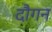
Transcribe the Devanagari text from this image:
दौगन